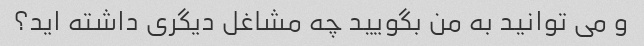
و می توانید به من بگویید چه مشاغل دیگری داشته اید؟